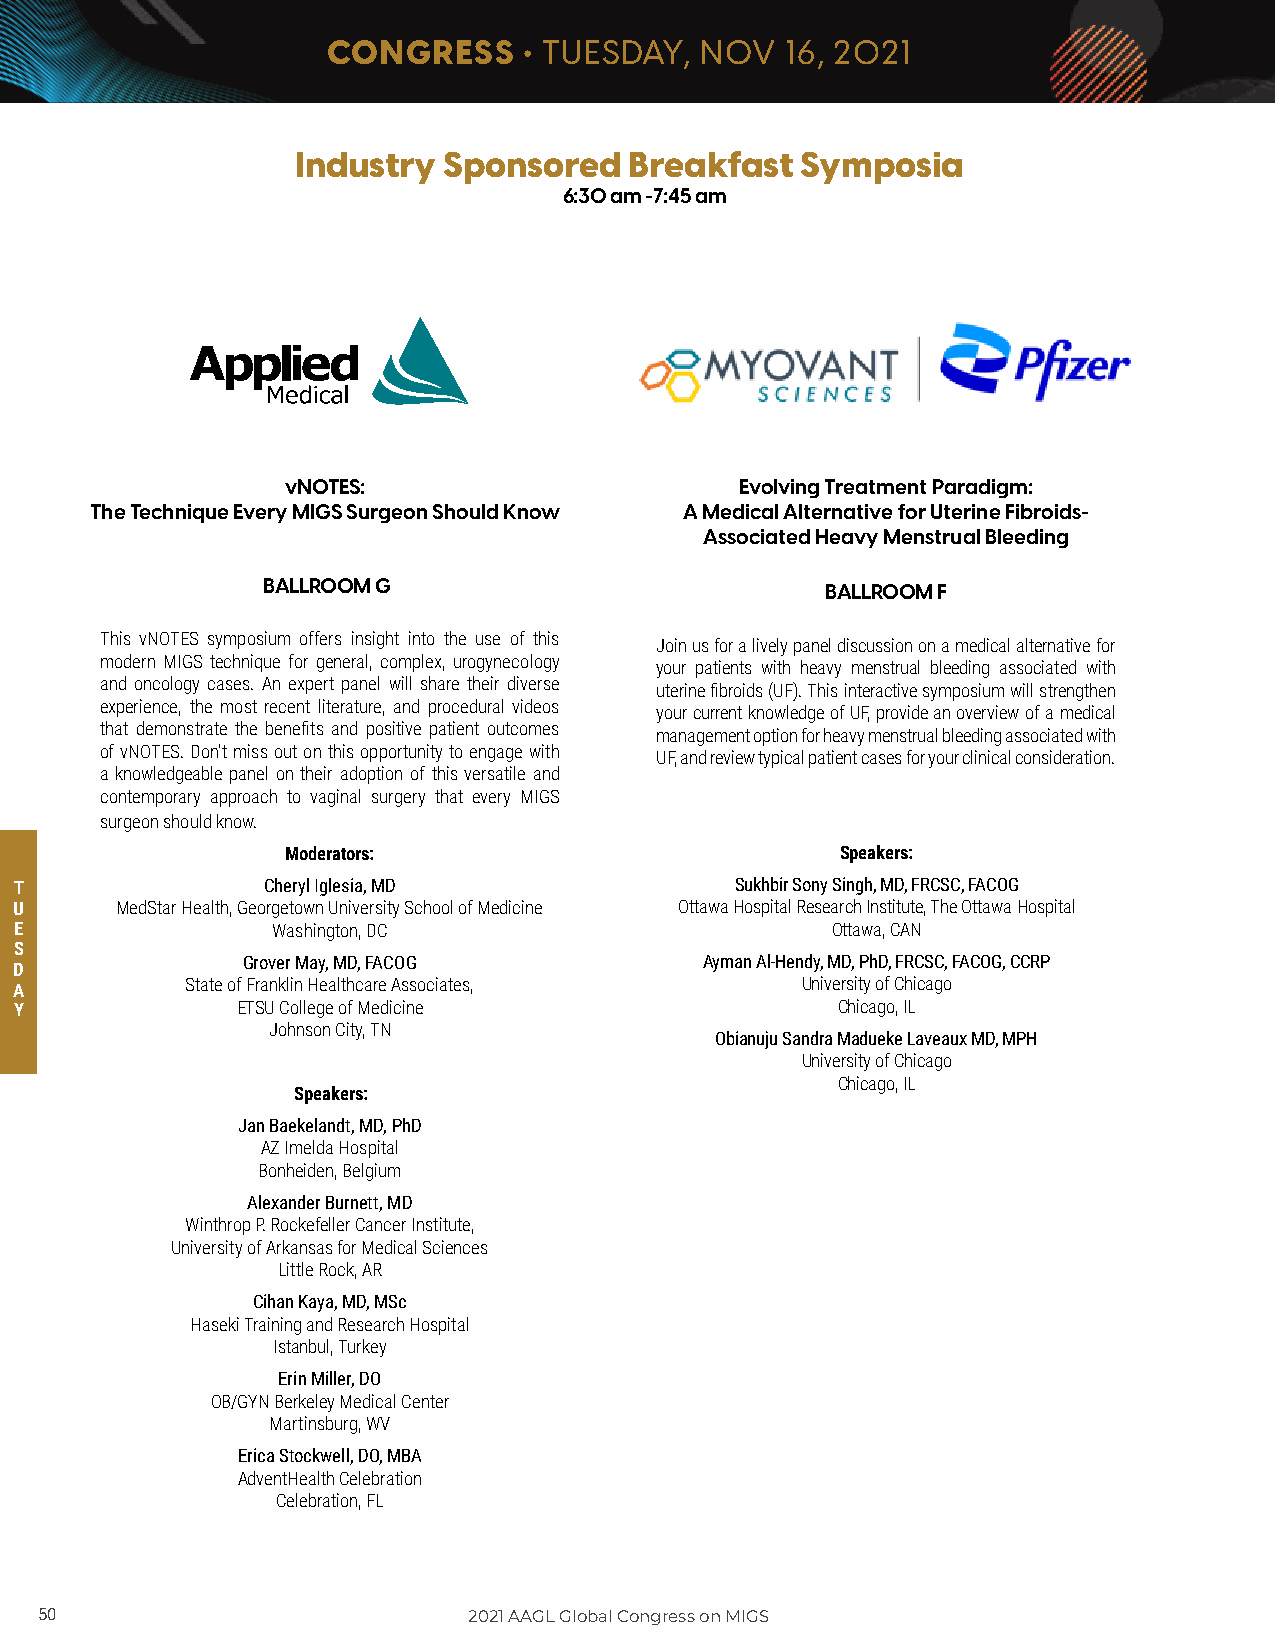
CONGRESS     • TUESDAY, NOV   16, 2021
 Industry Sponsored    Breakfast  Symposia
 6:30 am -7:45 am
 vNOTES:                       Evolving Treatment Paradigm:
 The Technique Every MIGS Surgeon Should Know A Medical Alternative for Uterine Fibroids-
 Associated Heavy Menstrual Bleeding
 BALLROOM G
 BALLROOM F
 This vNOTES symposium offers insight into the use of this
 Join us for a lively panel discussion on a medical alternative for
 modern MIGS technique for general, complex, urogynecology
 your patients with heavy menstrual bleeding associated with
 and oncology cases. An expert panel will share their diverse
 uterine fibroids (UF). This interactive symposium will strengthen
 experience, the most recent literature, and procedural videos
 your current knowledge of UF, provide an overview of a medical
 that demonstrate the benefits and positive patient outcomes
 management option for heavy menstrual bleeding associated with
 of vNOTES. Don’t miss out on this opportunity to engage with
 UF, and review typical patient cases for your clinical consideration.
 a knowledgeable panel on their adoption of this versatile and
 contemporary approach to vaginal surgery that every MIGS
 surgeon should know.
 Moderators:                          Speakers:
 T               Cheryl Iglesia, MD              Sukhbir Sony Singh, MD, FRCSC, FACOG
 U      MedStar Health, Georgetown University School of Medicine Ottawa Hospital Research Institute, The Ottawa Hospital
 E                Washington, DC                       Ottawa, CAN
 S
 Grover May, MD, FACOG          Ayman Al-Hendy, MD, PhD, FRCSC, FACOG, CCRP
 D
 A          State of Franklin Healthcare Associates, University of Chicago
 Y              ETSU College of Medicine               Chicago, IL
 Johnson City, TN
 Obianuju Sandra Madueke Laveaux MD, MPH
 University of Chicago
 Chicago, IL
 Speakers:
 Jan Baekelandt, MD, PhD
 AZ Imelda Hospital
 Bonheiden, Belgium
 Alexander Burnett, MD
 Winthrop P. Rockefeller Cancer Institute,
 University of Arkansas for Medical Sciences
 Little Rock, AR
 Cihan Kaya, MD, MSc
 Haseki Training and Research Hospital
 Istanbul, Turkey
 Erin Miller, DO
 OB/GYN Berkeley Medical Center
 Martinsburg, WV
 Erica Stockwell, DO, MBA
 AdventHealth Celebration
 Celebration, FL
 50                           2021 AAGL Global Congress on MIGS